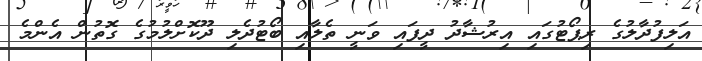
އަލިފުދާލުގެ ރިޕޯޓުގައި އިރުޝާދު ދީފައި ވަނީ ތެލާއި ބޯޓުދެލި ދޫކޮށްލުމުގެ ގޮތުން އެންމެ